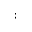
: